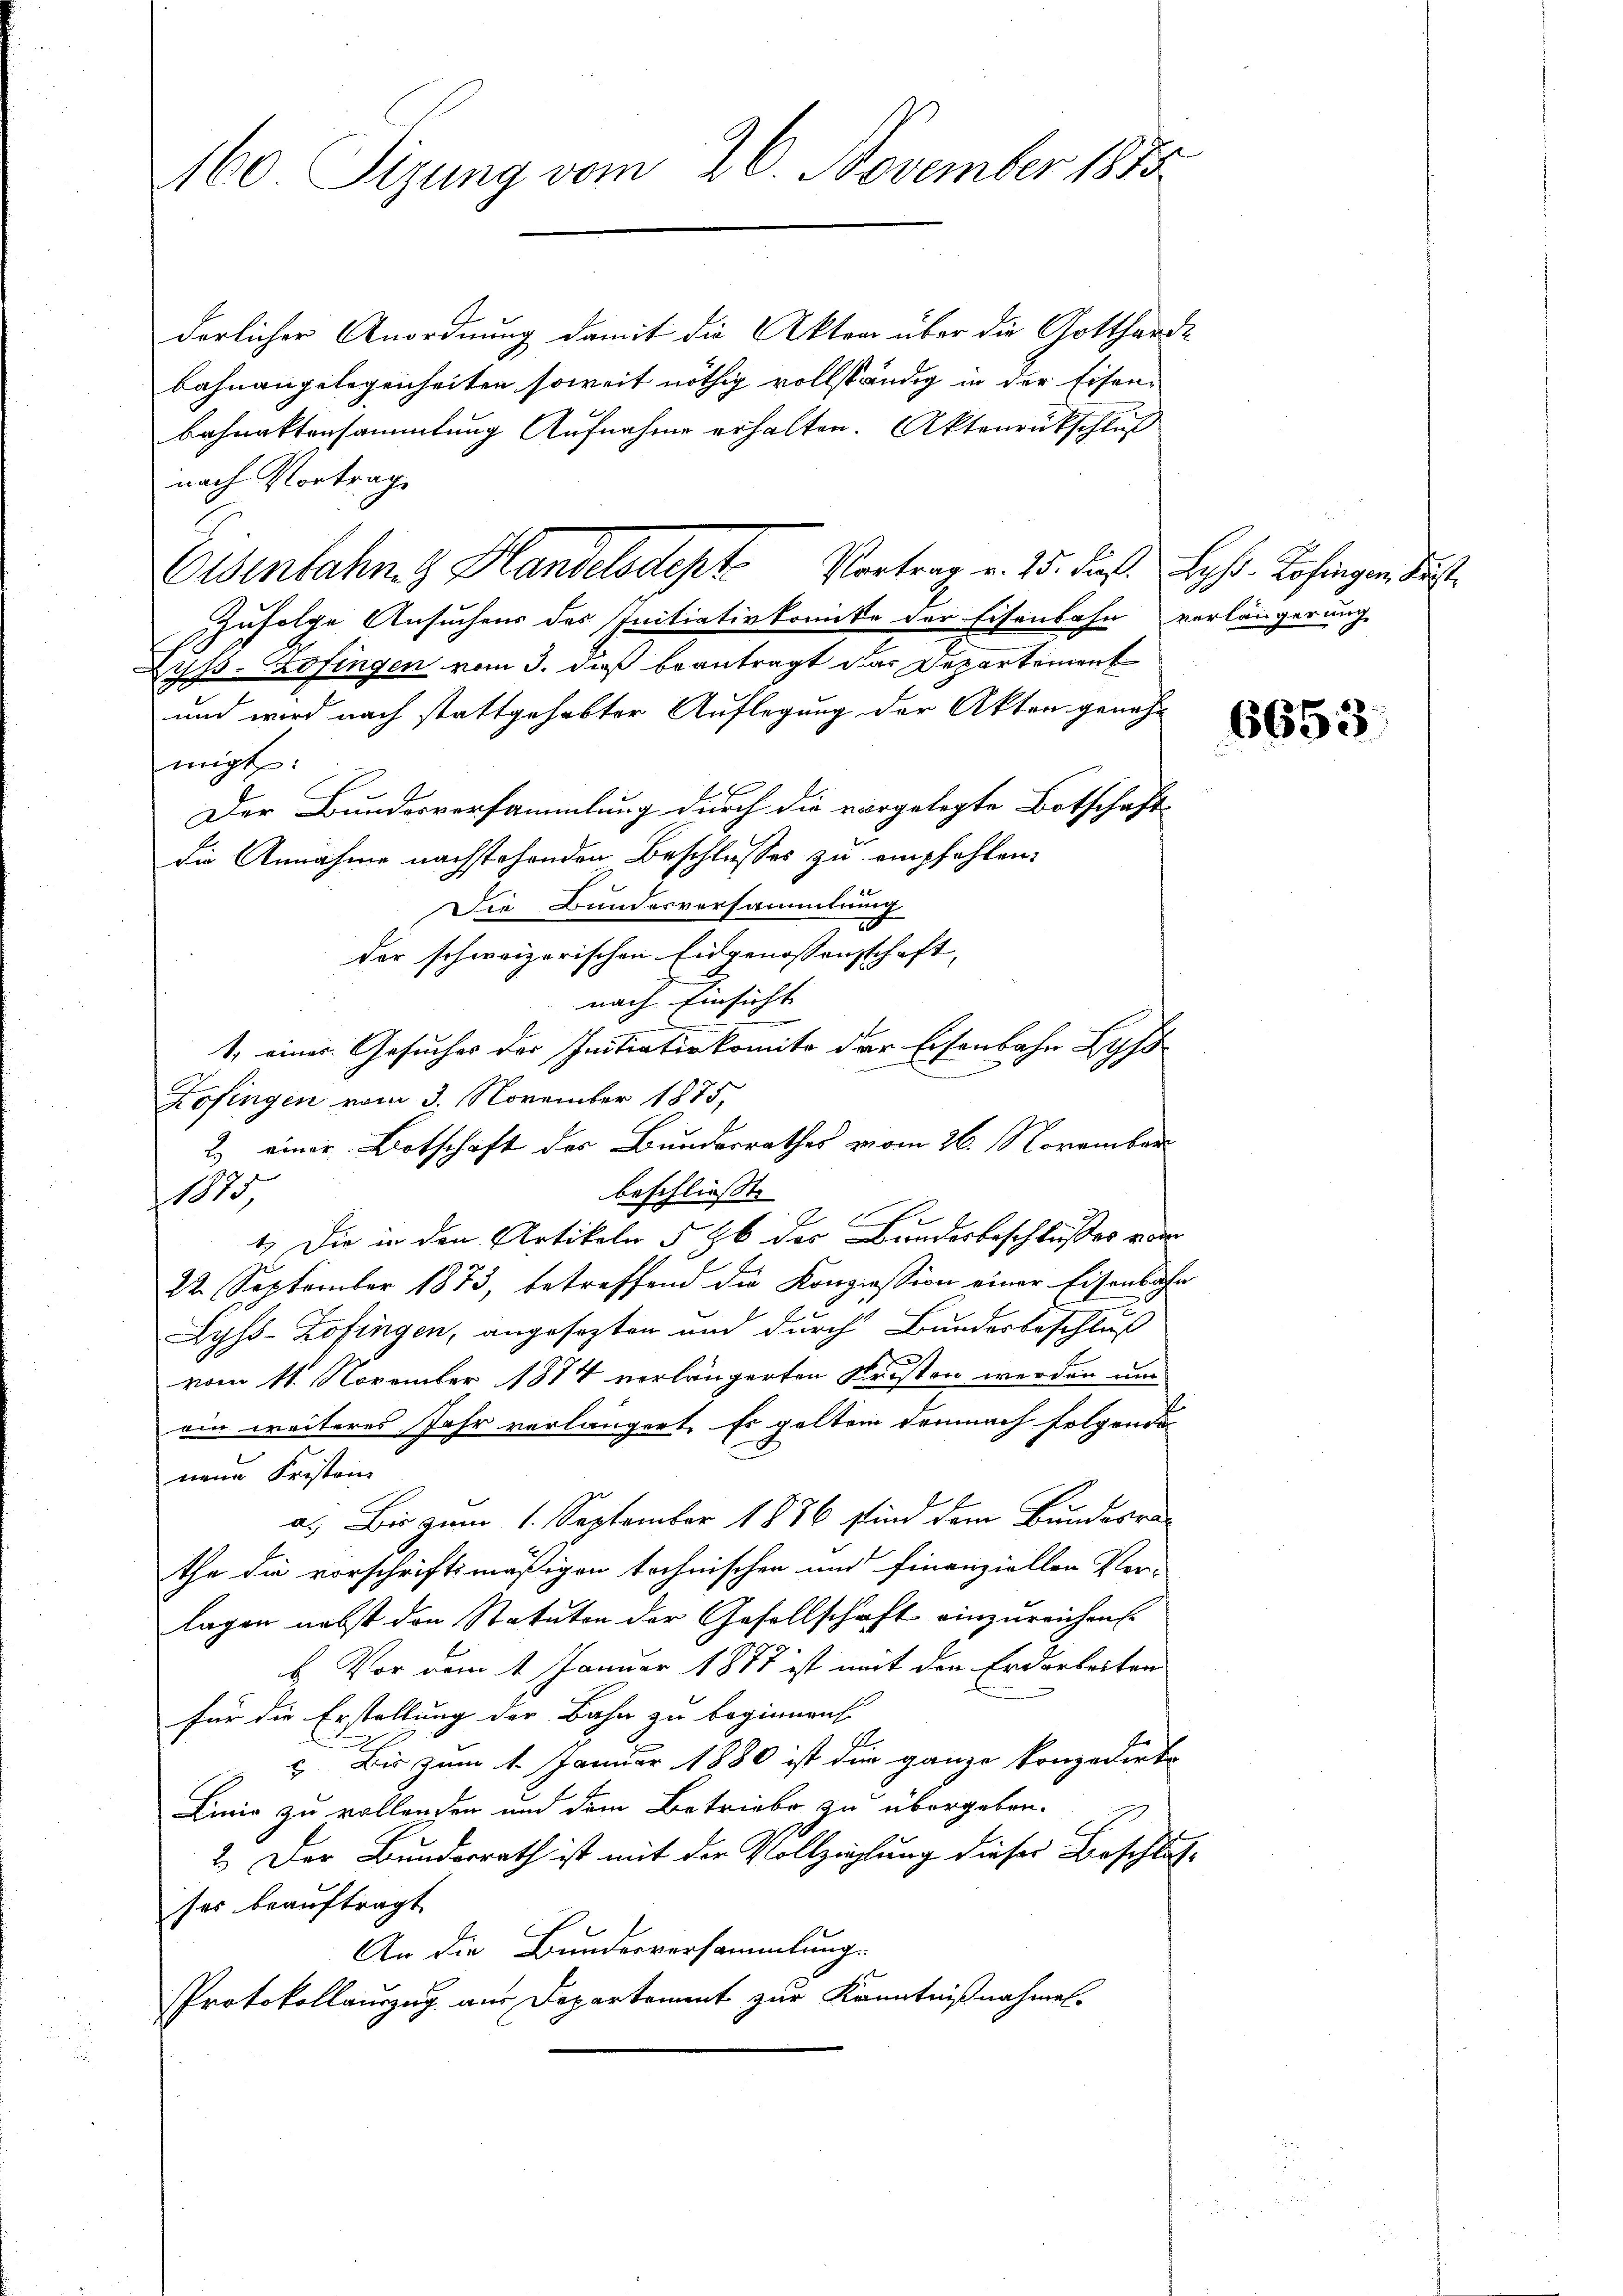
160 Sizung vom 26. November 1885

derlicher Anordnung damit die Akten über die Gottharde
bahnangelegenheiten soweit nöthig vollständig in der Eisenbahnaktensammlung Aufnahme erhalten. Aktenrückschluß
nach Vortrage
zufolge Ansuchens des Initiativkomite der Eisenbahn verlängerung
öss-Hofingen vom 3. dieß beantragt dar Departement
und wird nach stattgehabter Auflegung der Akten genahm
migt.
Der Bundesversammlung durch die vorgelegte Botschaftdie Annahme nachstehenden Beschlusses zu empfehlen.
Die Bundesversammlung
der schweizerischen Eidgenossenschaft,
nach Einsicht
1. einer Gesuches der Initiativkomite der Eisenbahn Lyss
Zofingen vom 3. November 1875,
2) einer Botschaft der Bundesrathes vom 26. November
beschliesst
1023.
1.) Die in den Artikeln § 96 des Bundesbeschlußes von
22. September 1873, betreffend die Konzession einer Eisenbahn
Lyss-Zofingen, angesezten und durch Bundesbeschluß
vom 11. November 1874 verlängerten Kristen werden um
ein weiteres Jahr verlängert. Es gelten demnach folgende
neun Fristen
a. Bis zum 1. September 1886 sind dem Bundesra-
the die vorschriftsmäßigen technischen und Finanziellen Vor-
lagen nebst den Statuten der Gesellschaft einzureichen.
b. Vor dem 1 Januar 1877 ist mit den Erdarbeiten
für die Erstellung der Bahn zu beginnen.
.
 Bis zum 1. Januar 1880 ist der ganze konzedirte
Linie zu vollenden und dem Betriebe zu übergeben.
2.) Der Bunderrath ist mit der Vollziehung dieser Beschlusses beauftragt
An die Bundesversammlungs
Protokollauszug aus Departement zur Kenntnißnahmel-

Eisenbahn. Handelsdept Vortrag v. 15. dieß. Los. Kofingen des

6653.